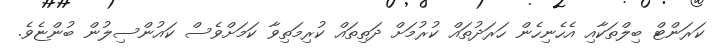
ކަރަންޓް ބިލްތަކާއި އެހެނިހެން ހަރަދުތައް ކުރުމަށް ދަތިތައް ކުރިމަތިވާ ކަމަށްވެސް ކައުންސިލުން ބުންޏެވެ.